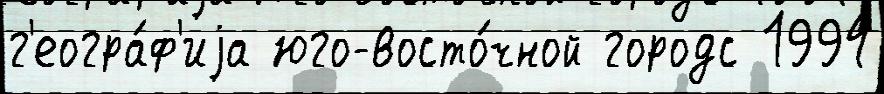
г'еогра́ф'иjа юго-восто́чной городс 1994